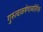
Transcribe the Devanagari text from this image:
गुरुत्वाकर्षणाव्यतिरिक्त